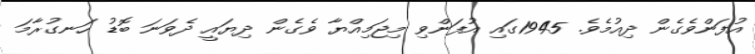
އުފަންވެގެން ދިއުމެވެ. 1945ގައި އުފަންވި މިޖަމިއްޔާ ވެގެން ދިޔައީ ދެވަނަ ބޮޑު ހަނގުރާމަ